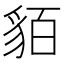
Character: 貊